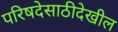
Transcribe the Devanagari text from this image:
परिषदेसाठीदेखील